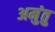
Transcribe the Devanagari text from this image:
अमुंतु